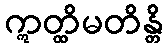
ဣတ္ထိမတိန္တိ